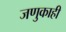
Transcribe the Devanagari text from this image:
जणुकाही